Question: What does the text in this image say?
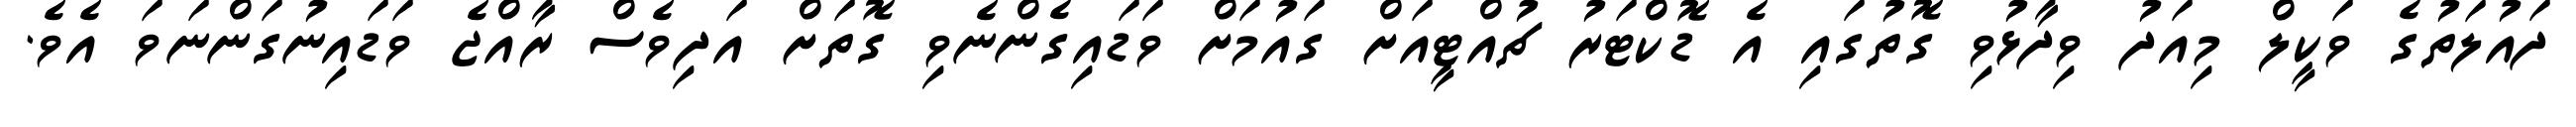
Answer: ދައުލަތުގެ ވަކީލް މިއަދު ވިދާޅުވި ގޮތުގައި އެ ޑޮކްޓަރު ޗުއްޓީއަށް ގައުމަށް ވަޑައިގެންނެވި ގޮތަށް އަދިވެސް ރާއްޖެ ވަޑައިނުގަންނަވަ އެވެ.